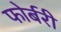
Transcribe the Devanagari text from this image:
फोर्बरी